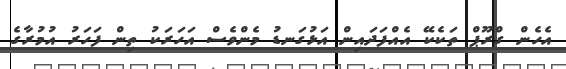
އެހެން ގްރޫޕް ތަކެކޭ އެއްފަދައިން އަޅުގަނޑު މެންވެސް އަހަރަކު ތިން ފަހަރު އުމުރާގެ